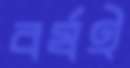
বর্ষই